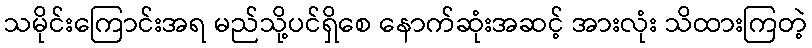
သမိုင်းကြောင်းအရ မည်သို့ပင်ရှိစေ နောက်ဆုံးအဆင့် အားလုံး သိထားကြတဲ့